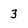
Character: 3